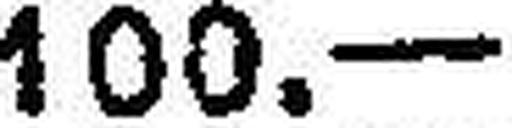
100.—